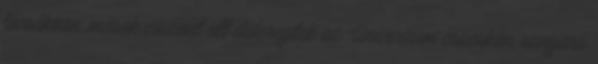
tócsákban, mások viszont ott dideregtek az Univerzum csücskén, sanyarú